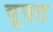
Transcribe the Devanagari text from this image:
वूएट